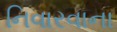
નિવારવાના